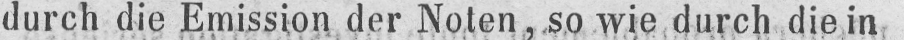
durch die Emission der Noten, so wie durch die in